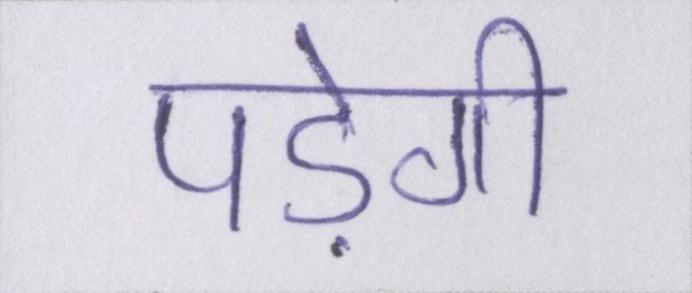
पड़ेगी